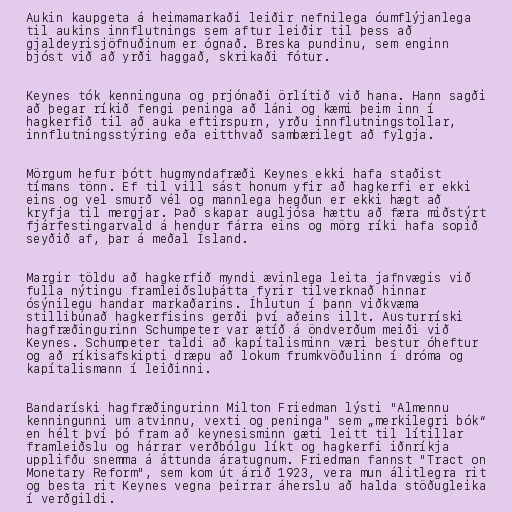
Aukin kaupgeta á heimamarkaði leiðir nefnilega óumflýjanlega
til aukins innflutnings sem aftur leiðir til þess að
gjaldeyrisjöfnuðinum er ógnað. Breska pundinu, sem enginn
bjóst við að yrði haggað, skrikaði fótur.

Keynes tók kenninguna og prjónaði örlítið við hana. Hann sagði
að þegar ríkið fengi peninga að láni og kæmi þeim inn í
hagkerfið til að auka eftirspurn, yrðu innflutningstollar,
innflutningsstýring eða eitthvað sambærilegt að fylgja.

Mörgum hefur þótt hugmyndafræði Keynes ekki hafa staðist
tímans tönn. Ef til vill sást honum yfir að hagkerfi er ekki
eins og vel smurð vél og mannlega hegðun er ekki hægt að
kryfja til mergjar. Það skapar augljósa hættu að færa miðstýrt
fjárfestingarvald á hendur fárra eins og mörg ríki hafa sopið
seyðið af, þar á meðal Ísland.

Margir töldu að hagkerfið myndi ævinlega leita jafnvægis við
fulla nýtingu framleiðsluþátta fyrir tilverknað hinnar
ósýnilegu handar markaðarins. Íhlutun í þann viðkvæma
stillibúnað hagkerfisins gerði því aðeins illt. Austurríski
hagfræðingurinn Schumpeter var ætíð á öndverðum meiði við
Keynes. Schumpeter taldi að kapítalisminn væri bestur óheftur
og að ríkisafskipti dræpu að lokum frumkvöðulinn í dróma og
kapítalismann í leiðinni.

Bandaríski hagfræðingurinn Milton Friedman lýsti "Almennu
kenningunni um atvinnu, vexti og peninga" sem „merkilegri bók“
en hélt því þó fram að keynesisminn gæti leitt til lítillar
framleiðslu og hárrar verðbólgu líkt og hagkerfi iðnríkja
upplifðu snemma á áttunda áratugnum. Friedman fannst "Tract on
Monetary Reform", sem kom út árið 1923, vera mun álitlegra rit
og besta rit Keynes vegna þeirrar áherslu að halda stöðugleika
í verðgildi.